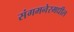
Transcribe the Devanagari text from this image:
संगमनेरमधील